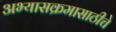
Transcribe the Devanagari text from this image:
अभ्यासक्रमासाठीचे